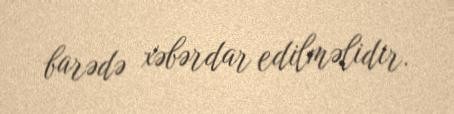
barədə xəbərdar edilməlidir.